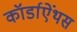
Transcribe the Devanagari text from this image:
कॉर्डाऐंथस